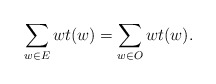
\begin{align*}\sum_{w \in E} wt(w) = \sum_{w \in O} wt(w). \end{align*}